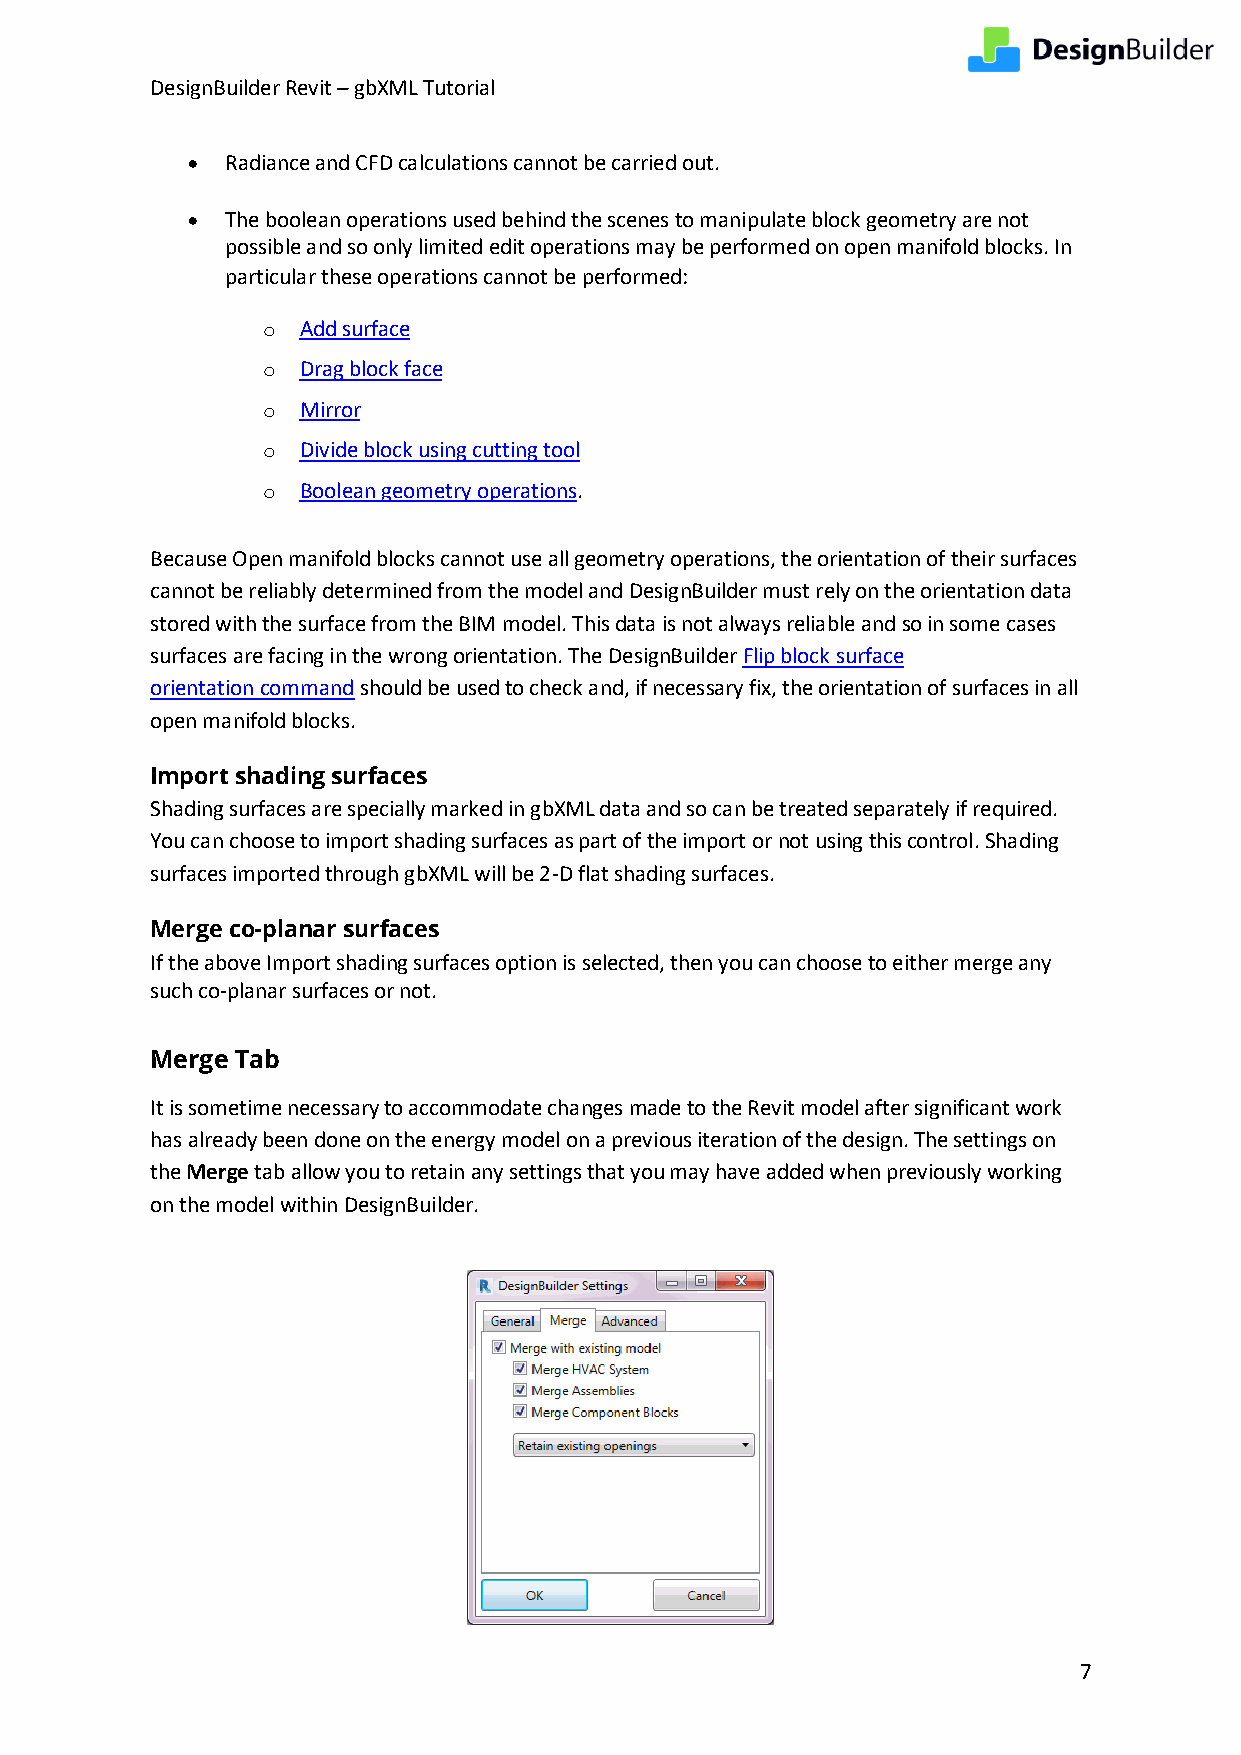
DesignBuilder Revit – gbXML Tutorial
 •  Radiance and CFD calculations cannot be carried out.
 •  The boolean operations used behind the scenes to manipulate block geometry are not
 possible and so only limited edit operations may be performed on open manifold blocks. In
 particular these operations cannot be performed:
 o  Add surface
 o  Drag block face
 o  Mirror
 o  Divide block using cutting tool
 o  Boolean geometry operations.
 Because Open manifold blocks cannot use all geometry operations, the orientation of their surfaces
 cannot be reliably determined from the model and DesignBuilder must rely on the orientation data
 stored with the surface from the BIM model. This data is not always reliable and so in some cases
 surfaces are facing in the wrong orientation. The DesignBuilder Flip block surface
 orientation command should be used to check and, if necessary fix, the orientation of surfaces in all
 open manifold blocks.
 Import shading surfaces
 Shading surfaces are specially marked in gbXML data and so can be treated separately if required.
 You can choose to import shading surfaces as part of the import or not using this control. Shading
 surfaces imported through gbXML will be 2-D flat shading surfaces.
 Merge co-planar surfaces
 If the above Import shading surfaces option is selected, then you can choose to either merge any
 such co-planar surfaces or not.
 Merge Tab
 It is sometime necessary to accommodate changes made to the Revit model after significant work
 has already been done on the energy model on a previous iteration of the design. The settings on
 the Merge tab allow you to retain any settings that you may have added when previously working
 on the model within DesignBuilder.
 7